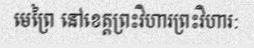
មេព្រៃ នៅខេត្តព្រះវិហារព្រះវិហារ: